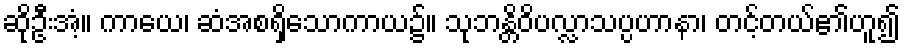
ဆိုဦးအံ့။ ကာယေ၊ ဆံအစရှိသောကာယ၌။ သုဘန္တိဝိပလ္လာသပ္ပဟာနာ၊ တင့်တယ်၏ဟူ၍